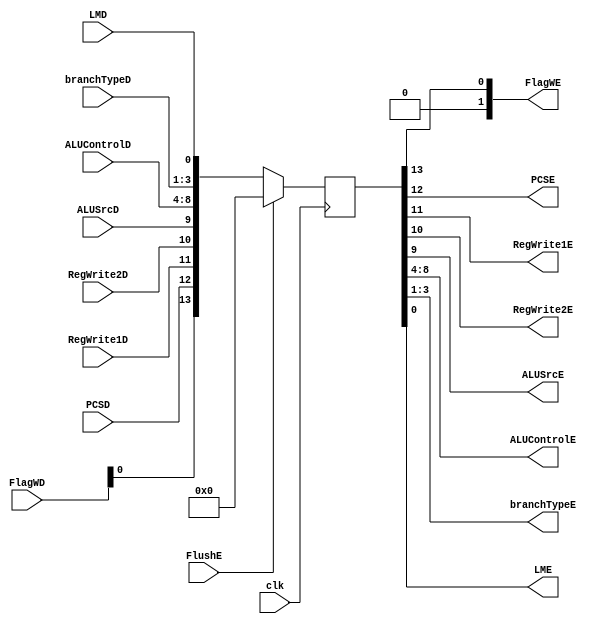
`timescale 1ns / 1ps

module pipeE(
	 input clk,
	 input FlushE,
	 input [1:0] FlagWD,
	 input PCSD, 
	 input RegWrite1D, 
	 input RegWrite2D, 
	 input ALUSrcD, 
	 input [4:0] ALUControlD,
	 input [2:0] branchTypeD,
	 input LMD,
	 output [1:0] FlagWE,
	 output PCSE, 
	 output RegWrite1E, 
	 output RegWrite2E, 
	 output ALUSrcE, 
	 output [4:0] ALUControlE,
	 output [2:0] branchTypeE,
	 output LME
    );
	
	reg [13:0] inp, outp;
	
	assign {FlagWE, PCSE, RegWrite1E, RegWrite2E, ALUSrcE,  ALUControlE, branchTypeE, LME} = outp;
	
	always @(posedge clk) 
	begin
		if (FlushE) outp <= 0;
		else outp <= {FlagWD, PCSD, RegWrite1D, RegWrite2D, ALUSrcD,  ALUControlD, branchTypeD, LMD};
	end
	
endmodule